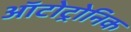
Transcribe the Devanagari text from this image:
ऑटोट्रोनिक